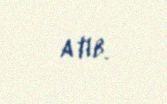
atıb.